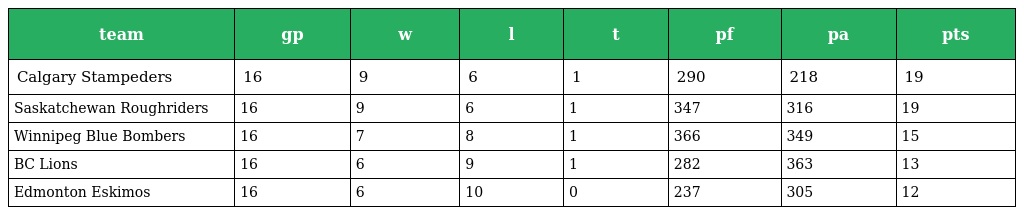
| team | gp | w | l | t | pf | pa | pts |
 | --- | --- | --- | --- | --- | --- | --- | --- |
 | Calgary Stampeders | 16 | 9 | 6 | 1 | 290 | 218 | 19 |
 | Saskatchewan Roughriders | 16 | 9 | 6 | 1 | 347 | 316 | 19 |
 | Winnipeg Blue Bombers | 16 | 7 | 8 | 1 | 366 | 349 | 15 |
 | BC Lions | 16 | 6 | 9 | 1 | 282 | 363 | 13 |
 | Edmonton Eskimos | 16 | 6 | 10 | 0 | 237 | 305 | 12 |